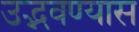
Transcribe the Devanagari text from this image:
उद्भवण्यास